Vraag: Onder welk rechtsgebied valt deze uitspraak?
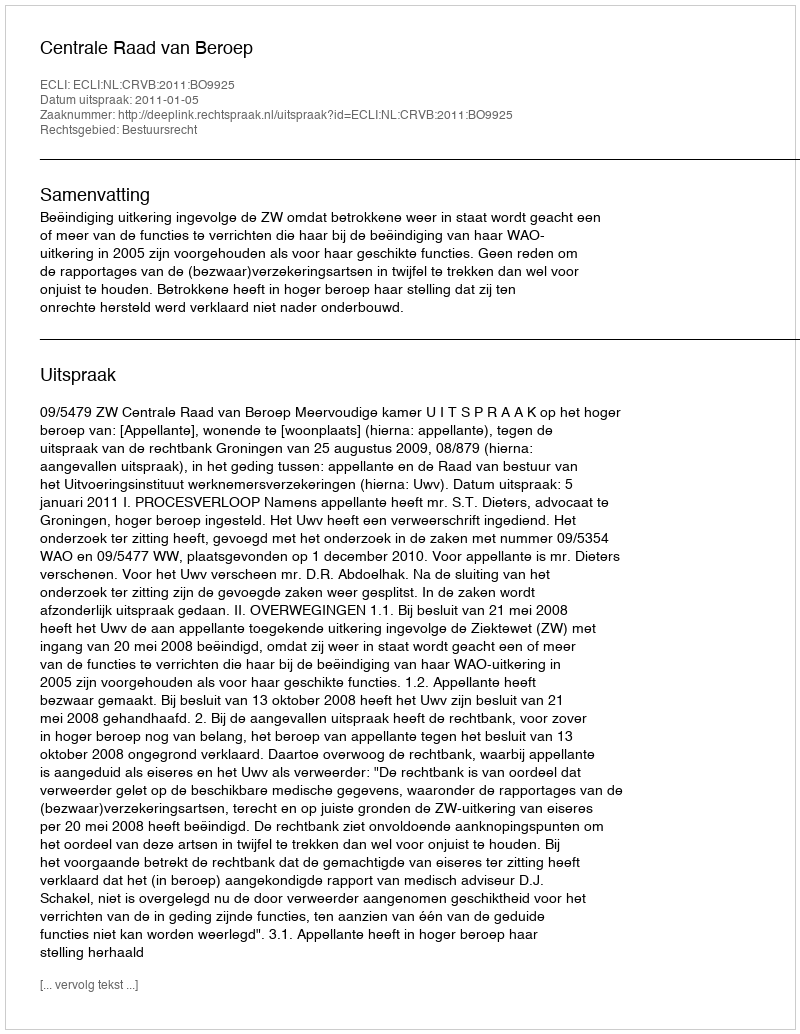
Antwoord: Bestuursrecht